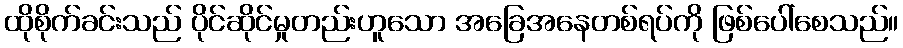
ထိုစိုက်ခင်းသည် ပိုင်ဆိုင်မှုတည်းဟူသော အခြေအနေတစ်ရပ်ကို ဖြစ်ပေါ်စေသည်။